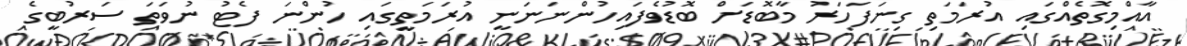
އާއްމިގޮތެއްގައި އުރަމަތި ގިނަފަހަރު މާބޮޑަށް ބޮޑުވެފައިހުންނަނަނީ އުރަމަތީގައި ހުންނަ ފެޓު ނުވަތަ ސަރުބީގެ